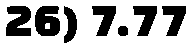
26) 7.77